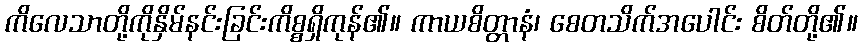
ကိလေသာတို့ကိုနှိမ်နင်းခြင်းကိစ္စရှိကုန်၏။ ကာယစိတ္တာနံ၊ စေတသိက်အပေါင်း စိတ်တို့၏။